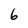
Character: 6